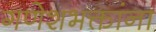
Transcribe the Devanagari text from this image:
गणेशभक्तांना